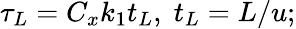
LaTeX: \tau_{L}=C_{x}k_{1}t_{L},\; t_{L}=L/u;